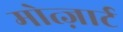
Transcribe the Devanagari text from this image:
मोत्ज़ार्ट